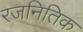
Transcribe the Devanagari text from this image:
रजनितिक